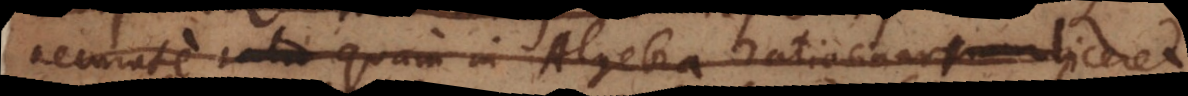
accurate ratio quam in Algebra ratiocinaremur